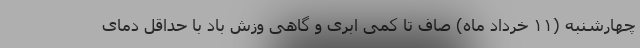
چهارشنبه (۱۱ خرداد ماه) صاف تا کمی ابری و گاهی وزش باد با حداقل دمای